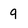
Character: 9